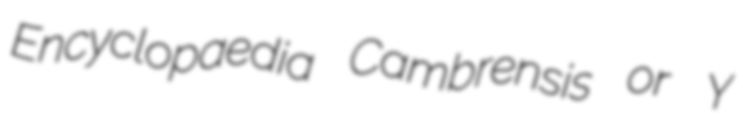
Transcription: Encyclopaedia Cambrensis or Y